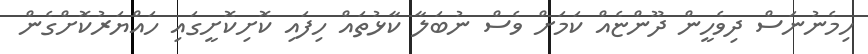
ހިމެނުނަސް ދިވެހީން ދޫންޏެއް ކަމަށް ވެސް ނުބަލާ ކާޅުތައް ހިފައި ކޮށިކޮށީގައި ހައްޔަރުކޮށްގެން